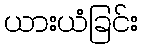
ယားယံခြင်း